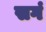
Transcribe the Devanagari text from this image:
सगं